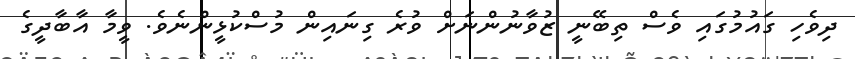
ދިވެހި ގައުމުގައި ވެސް ތިބޭނީ ޒުވާނުންނަށް ވުރެ ގިނައިން މުސްކުޅީންނެވެ. ވީމާ އާބާދީގެ